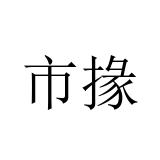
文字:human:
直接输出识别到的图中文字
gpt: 市掾